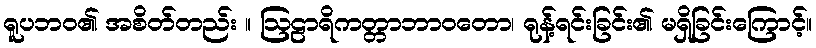
ရူပဘဝ၏ အစိတ်တည်း ။ ဩဠာရိကတ္တာဘာဝတော၊ ရုန့်ရင်းခြင်း၏ မရှိခြင်းကြောင့်။